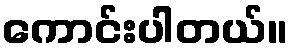
ကောင်းပါတယ်။